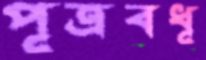
পূত্রবধূ